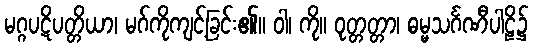
မဂ္ဂပဋိပတ္တိယာ၊ မဂ်ကိုကျင့်ခြင်း၏။ ဝါ၊ ကို။ ဝုတ္တတ္တာ၊ ဓမ္မသင်္ဂဏီပါဠိ၌